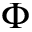
\Phi